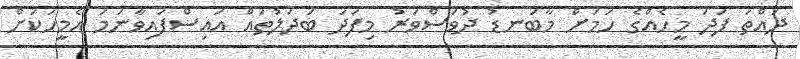
ދައްތަ ފަދަ މީހެއްގެ ހަމަށް މާބަނޑު ދުވަސްވަރު މިފަދަ ބަދަލުތައް އައިސްފައިވާނަމަ އެމީހަކަށް